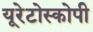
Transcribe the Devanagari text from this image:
यूरेटोस्कोपी